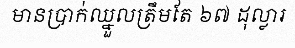
មានប្រាក់ឈ្នួលត្រឹមតែ ៦៧ ដុល្លារ